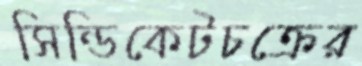
সিন্ডিকেটচক্রের